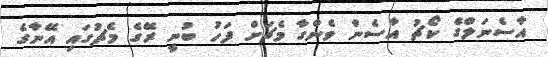
އާސެނަލްގެ ކޯޗު އާސެން ވެންގާ މެޗަށް ފަހު ބުނީ ރޭގެ މެޗުގައި އޭނާގެ